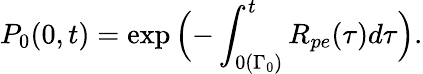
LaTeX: P_{0}(0,t)=\exp{\Bigl(-\int_{0(\Gamma_{0})}^{t}R_{pe}(\tau)d\tau\Bigr)}.